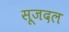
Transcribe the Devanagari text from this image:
सूजदल